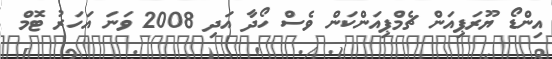
އިންޑޯ ޔޫރަޕިއަން ޗެމްޕިއަންކަން ވެސް ހޯދާ އަދި 2008 ވަނަ އަހަރު ޓޮމް